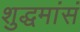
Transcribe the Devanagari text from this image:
शुद्धमांसं